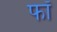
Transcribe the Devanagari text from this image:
फॉ